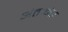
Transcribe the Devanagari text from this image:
अंतःनेत्र